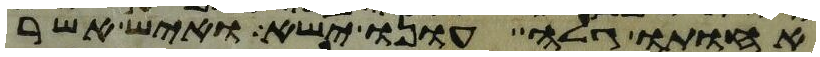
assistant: אחותו גלה עונו ישא ואיש אשר